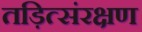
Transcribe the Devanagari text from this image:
तड़ित्संरक्षण